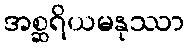
အစ္ဆရိယမနုဿာ